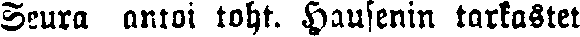
Seura antoi toht. Hausenin tarkastet